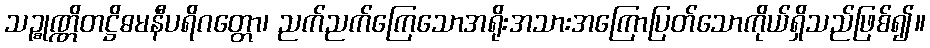
သဉ္စုဏ္ဏိတဋ္ဌိဓမနီပရိဂတ္တော၊ ညက်ညက်ကြေသောအရိုးအသားအကြောပြတ်သောကိုယ်ရှိသည်ဖြစ်၍။